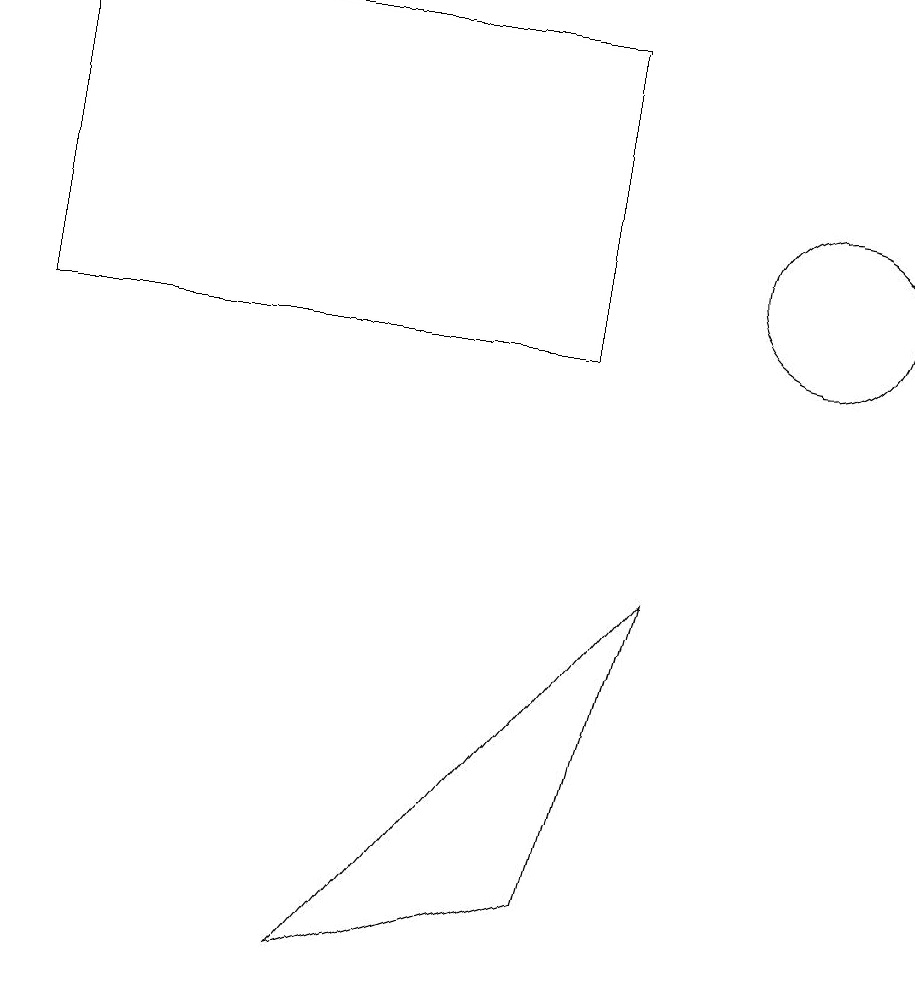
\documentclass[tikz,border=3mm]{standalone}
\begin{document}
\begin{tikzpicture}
\draw (11,11) circle (1);
\draw (8,14) rectangle (1,10);
\draw (8,3) -- (5,2) -- (9,7) -- cycle;
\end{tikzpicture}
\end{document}